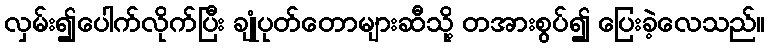
လှမ်း၍ပေါက်လိုက်ပြီး ချုံပုတ်တောများဆီသို့ တအားစွပ်၍ ပြေးခဲ့လေသည်။